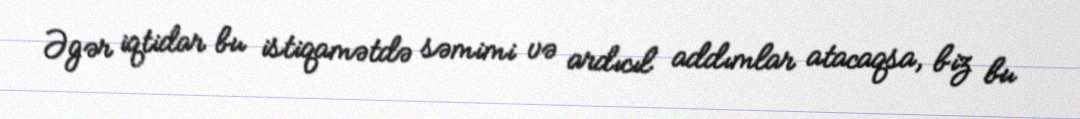
Əgər iqtidar bu istiqamətdə səmimi və ardıcıl addımlar atacaqsa, biz bu